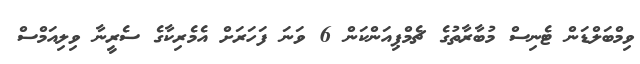
ވިމްބަލްޑަން ޓެނިސް މުބާރާތުގެ ޗެމްޕިއަންކަން 6 ވަނަ ފަހަރަށް އެމެރިކާގެ ސެރީނާ ވިލިއަމްސް